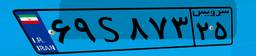
۰۸S۵۶۶۱۶